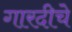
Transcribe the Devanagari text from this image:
गारदीचे